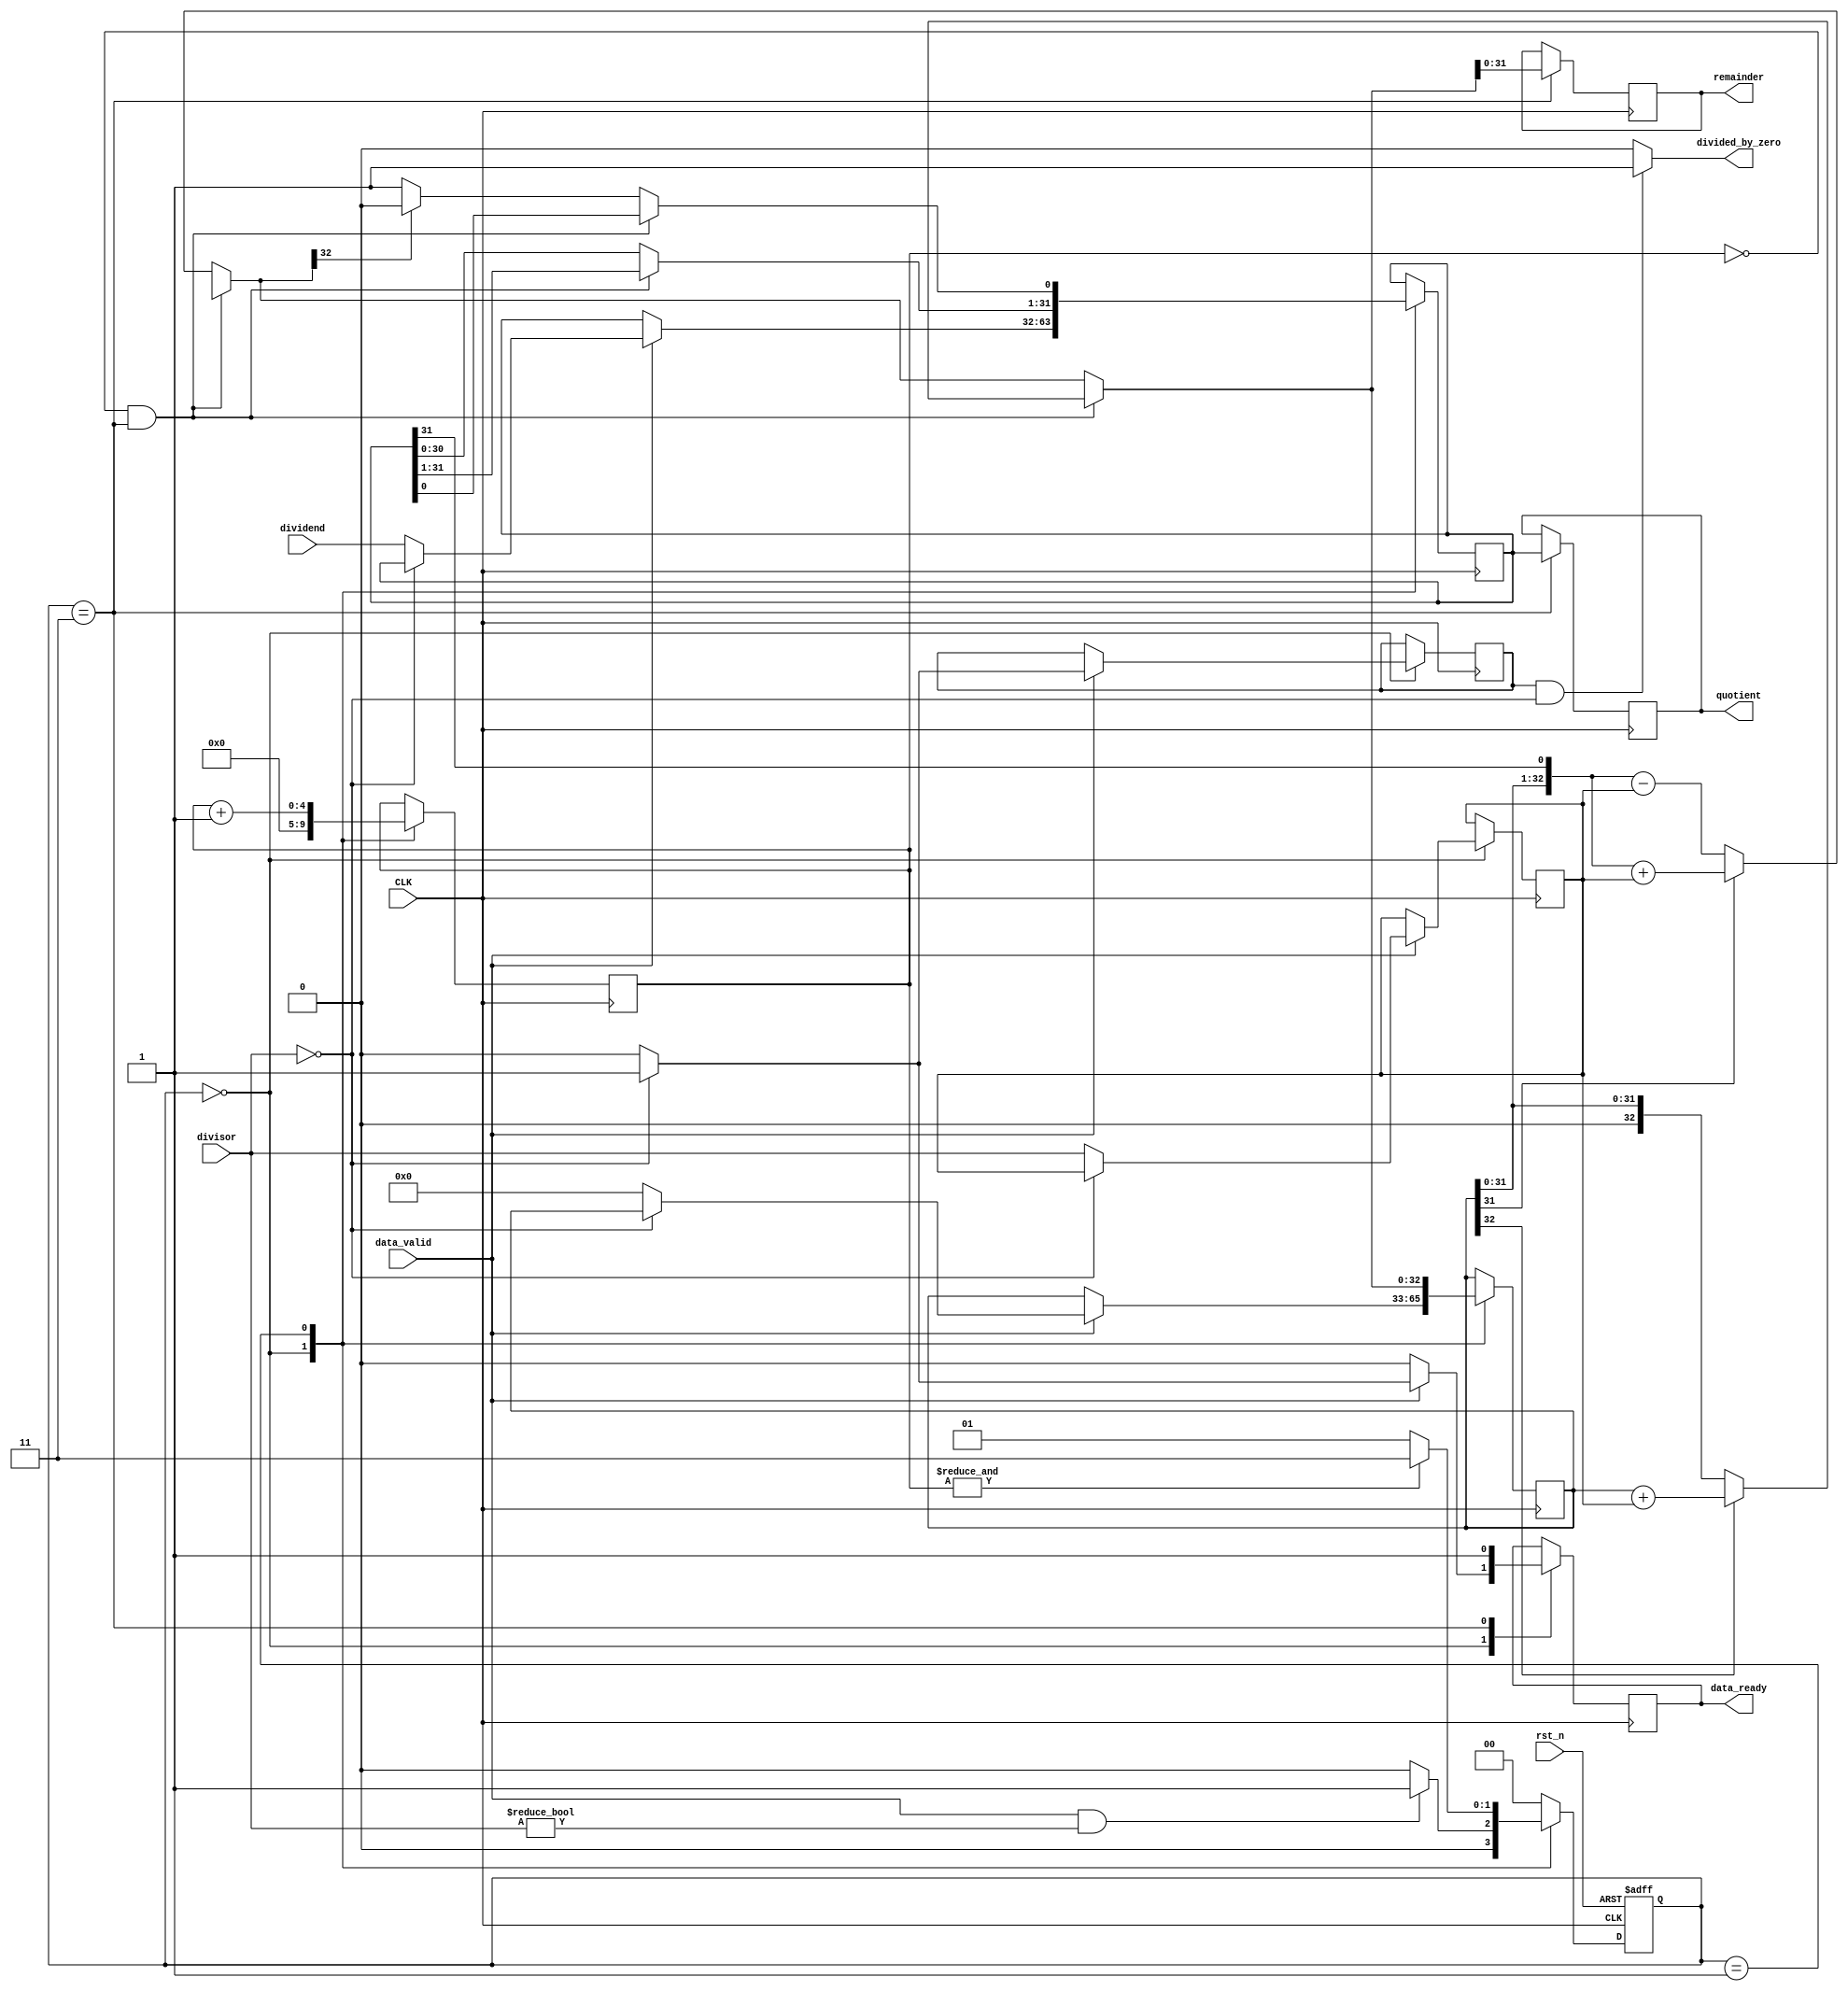
module Division_Unit #(
	parameter XLEN 		  = 32,
	parameter COUNT_WIDTH = $clog2(XLEN)
)
(
	//inputs
	input  wire               CLK,
	input  wire               rst_n,
    	input  wire [XLEN - 1:0]  dividend,
    	input  wire [XLEN - 1:0]  divisor,
    	input  wire               data_valid,

	//outputs    
	output reg  [XLEN - 1:0]  quotient,
	output reg  [XLEN - 1:0]  remainder,
	output wire               divided_by_zero,
	output reg                data_ready
);

localparam IDLE    = 2'b00;
localparam DIVIDE  = 2'b01;
localparam CORRECT = 2'b11;

reg [1:0] NS;
reg [1:0] CS;

reg [COUNT_WIDTH-1:0] counter;

reg [XLEN-1:0] 		  dividend_Q;
reg [XLEN-1:0] 		  dividend_temp;

reg [XLEN:0] 		  accumulator_reg;
reg [XLEN:0] 		  accumulator;

reg [XLEN-1:0] 		  divisor_reg;

reg                  	  Q_LSB;
reg                       flag_zero ;

assign divided_by_zero = (flag_zero & (!divisor)) ? 1'b1 : 1'b0 ;


// Next State Logic
always @(posedge CLK,negedge rst_n) begin
	
	if (!rst_n) begin
		CS <= IDLE;
	end
	else begin
		CS <= NS;
	end

end

// FSM LOGIC
always @(*) begin
	
	case (CS)
		IDLE: begin
			if (data_valid & (divisor != 'b0)) begin
				NS = DIVIDE;
			end
			else begin
				NS = IDLE;
			end
		end
		DIVIDE: begin
			if (&counter) begin
				NS = CORRECT;
			end
			else begin
				NS = DIVIDE;
			end
		end
		CORRECT: begin
			NS = IDLE;
		end
		default: NS = IDLE;
	endcase
end

// FSM OUTPUT
always @(posedge CLK) begin
	
	case(CS)
		IDLE: begin
			counter    <= 'b0;
			data_ready <= 1'b0;
			
			if (data_valid) begin
					if(!divisor) begin
						flag_zero <= 1'b1 ;
						data_ready <= 1'b1 ;	
					end else begin
						{accumulator_reg,dividend_Q} <=    {33'b0,dividend};
						divisor_reg 		     <=             divisor;
						flag_zero                    <=               1'b0 ;		
					end
			end
		end
		DIVIDE: begin
			{accumulator_reg,dividend_Q} <= {accumulator,dividend_temp[XLEN-1:1],Q_LSB};
			 counter <= counter + 1;
		end
		CORRECT: begin
			quotient   <= dividend_Q;
			remainder  <= accumulator;
			data_ready <= 1'b1;
		end
	endcase
end

// Accumulator ALU
always @(*) begin

	if (!counter && CS == CORRECT) begin
		{accumulator,dividend_temp[XLEN-1:1],Q_LSB} = {accumulator_reg,dividend_Q[XLEN-1:1],dividend_Q[0]};
		if (accumulator_reg[XLEN]) begin
			accumulator = accumulator + divisor_reg;
		end
		else begin
			accumulator = accumulator_reg;
		end

	end
	else begin
		
		{accumulator,dividend_temp} = {accumulator_reg,dividend_Q};

		{accumulator,dividend_temp} = {accumulator[XLEN-1:0],dividend_temp[XLEN-1],dividend_temp[XLEN-2:0],1'b0};

		if (accumulator[XLEN]) begin
			accumulator = accumulator + divisor_reg;
		end
		else begin
			accumulator = accumulator - divisor_reg;
		end

		if (accumulator[XLEN]) begin
			Q_LSB = 1'b0;
		end
		else begin
			Q_LSB = 1'b1;
		end

	end

end

endmodule